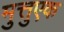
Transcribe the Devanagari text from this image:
मुत्तुएक